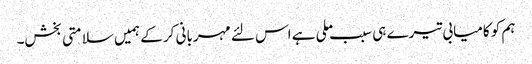
ہم کو کامیابی تیرے ہی سبب ملی ہے اس لئے مہربانی کر کے ہمیں سلامتی بخش۔